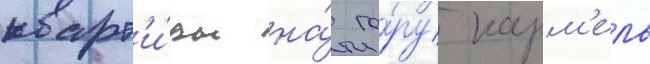
кварт'и́ры на́ го́ру карм'ель